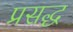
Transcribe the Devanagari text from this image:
प्रसद्ध